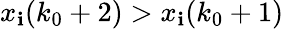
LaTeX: x_{\mathbf{i}}(k_{0}+2)>x_{\mathbf{i}}(k_{0}+1)